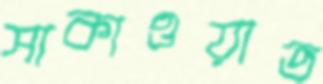
সাকাওয়াত